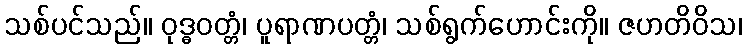
သစ်ပင်သည်။ ဝုဒ္ဓဝတ္တံ၊ ပူရာဏပတ္တံ၊ သစ်ရွက်ဟောင်းကို။ ဇဟတိဝိသ၊